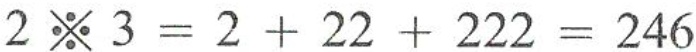
$$2 ※ 3 = 2 + 2 2 + 2 2 2 = 2 4 6$$